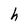
Character: h